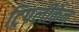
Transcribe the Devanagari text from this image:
ट्रिपलीकेन